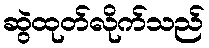
ဆွဲထုတ်လိုက်သည်